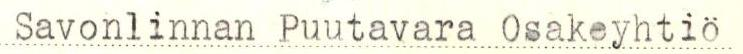
Savonlinnan Puutavara Osakeyhtiö